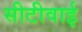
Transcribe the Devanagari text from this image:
सीटीवाई